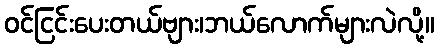
ဝင်ငြင်းပေးတယ်ဗျား၊ဘယ်လောက်များလဲလို့။